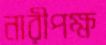
নারীপক্ষ